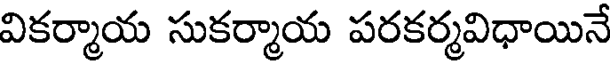
వికర్మాయ సుకర్మాయ పరకర్మవిధాయినే